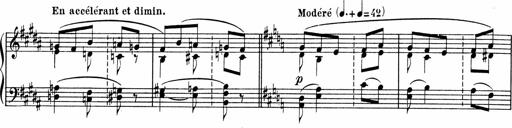
Title: Sonatine pour piano
Composer: Albert Roussel